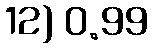
12) 0.99